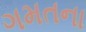
ગમતના